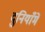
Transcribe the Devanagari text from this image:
दुनियाँमें